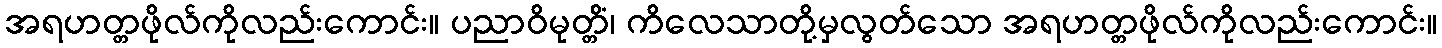
အရဟတ္တဖိုလ်ကိုလည်းကောင်း။ ပညာဝိမုတ္တိံ၊ ကိလေသာတို့မှလွတ်သော အရဟတ္တဖိုလ်ကိုလည်းကောင်း။